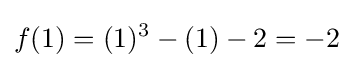
f(1)=(1)^{3}-(1)-2=-2